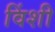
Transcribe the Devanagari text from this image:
विंशी